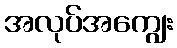
အလုပ်အကျွေး